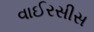
વાઈરસીસ